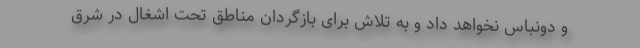
و دونباس نخواهد داد و به تلاش برای بازگردان مناطق تحت اشغال در شرق